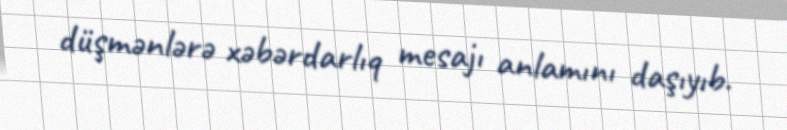
düşmənlərə xəbərdarlıq mesajı anlamını daşıyıb.